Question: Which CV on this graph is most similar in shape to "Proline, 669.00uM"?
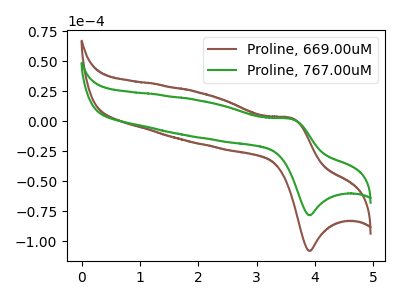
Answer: <think>The brown curve "Proline, 669.00uM" has an anodic peak at (3.60V, 2.70uA) and a cathodic peak at (3.90V, -108.00uA). The green curve "Proline, 767.00uM" has an anodic peak at (3.60V, 1.95uA) and a cathodic peak at (3.90V, -78.25uA).
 All the peaks in "Proline, 669.00uM" have a peak in "Proline, 767.00uM" at the same potential. Every peak in "Proline, 669.00uM" is higher than every peak in "Proline, 767.00uM".</think>
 <answer>The CV with the most similar shape to "Proline, 767.00uM" is "Proline, 669.00uM".</answer>
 <eval>"Proline, 669.00uM"</eval>